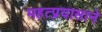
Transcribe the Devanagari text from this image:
महत्प्रयासाने